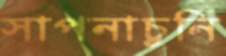
সাপনাচুনি